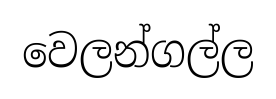
වෙලන්ගල්ල